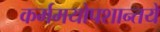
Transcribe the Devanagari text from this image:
कर्ममयोपशान्तये